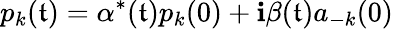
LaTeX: p_{k}(\mathfrak{t})=\alpha^{*}(\mathfrak{t})p_{k}(0)+\mathbf{i}\beta(\mathfrak{t})a_{-k}(0)